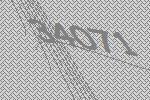
34071